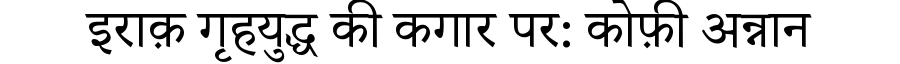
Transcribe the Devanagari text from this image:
इराक़ गृहयुद्ध की कगार पर: कोफ़ी अन्नान